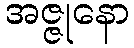
အဇ္ဇုနော